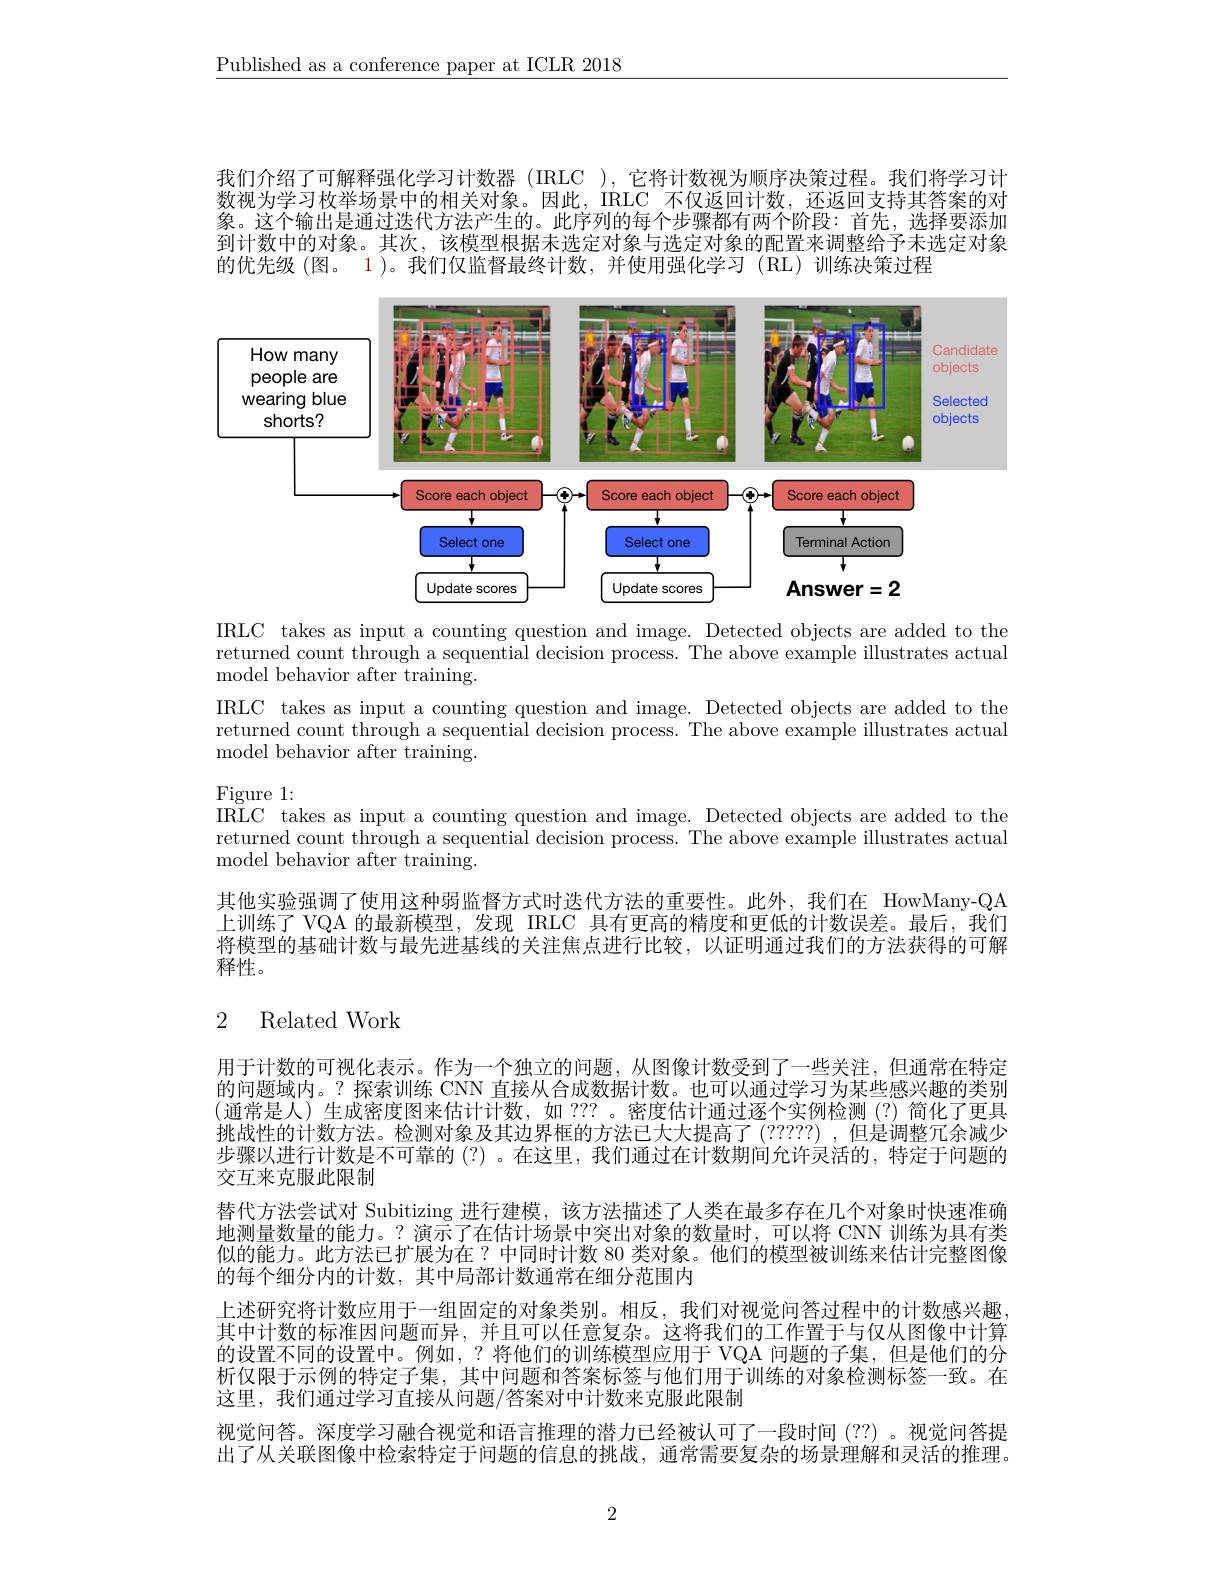
$\underline{\text{Published as a conference paper at ICLR 2018}}$

我们介绍了可解释强化学习计数器(IRLC ),它将计数视为顺序决策过程。我们将学习计数视为学习枚举场景中的相关对象。因此，IRLC 不仅返回计数，还返回支持其答案的对象。这个输出是通过迭代方法产生的。此序列的每个步骤都有两个阶段：首先，选择要添加到计数中的对象。其次，该模型根据未选定对象与选定对象的配置来调整给予未选定对象的优先级(图。1 )。我们仅监督最终计数，并使用强化学习 (RL)训练决策过程

<FigureHere>

IRLC takes as input a counting question and image. Detected objects are added to the returned count through a sequential decision process. The above example illustrates actual model behavior after training.

IRLC takes as input a counting question and image. Detected objects are added to the returned count through a sequential decision process. The above example illustrates actual model behavior after training.

Figure 1:
IRLC takes as input a counting question and image. Detected objects are added to the returned count through a sequential decision process. The above example illustrates actual model behavior after training.
其他实验强调了使用这种弱监督方式时迭代方法的重要性。此外，我们在 HowMany-QA 上训练了 VQA 的最新模型，发现 IRLC 具有更高的精度和更低的计数误差。最后，我们将模型的基础计数与最先进基线的关注焦点进行比较，以证明通过我们的方法获得的可解释性。

## 2 Related Work

用于计数的可视化表示。作为一个独立的问题，从图像计数受到了一些关注，但通常在特定的问题域内。? 探索训练 CNN 直接从合成数据计数。也可以通过学习为某些感兴趣的类别(通常是人)生成密度图来估计计数，如 ???。密度估计通过逐个实例检测(?)简化了更具挑战性的计数方法。检测对象及其边界框的方法已大大提高了(?????),但是调整冗余减少步骤以进行计数是不可靠的 (?) 。在这里，我们通过在计数期间允许灵活的，特定于问题的交互来克服此限制
替代方法尝试对 Subitizing 进行建模，该方法描述了人类在最多存在几个对象时快速准确地测量数量的能力。? 演示了在估计场景中突出对象的数量时，可以将 CNN 训练为具有类似的能力。此方法已扩展为在？中同时计数 80 类对象。他们的模型被训练来估计完整图像的每个细分内的计数，其中局部计数通常在细分范围内
上述研究将计数应用于一组固定的对象类别。相反，我们对视觉问答过程中的计数感兴趣， 其中计数的标准因问题而异，并且可以任意复杂。这将我们的工作置于与仅从图像中计算的设置不同的设置中。例如，?将他们的训练模型应用于 VQA 问题的子集，但是他们的分析仅限于示例的特定子集，其中问题和答案标签与他们用于训练的对象检测标签一致。在这里，我们通过学习直接从问题/答案对中计数来克服此限制
视觉问答。深度学习融合视觉和语言推理的潜力已经被认可了一段时间(??) 。视觉问答提出了从关联图像中检索特定于问题的信息的挑战，通常需要复杂的场景理解和灵活的推理。

2